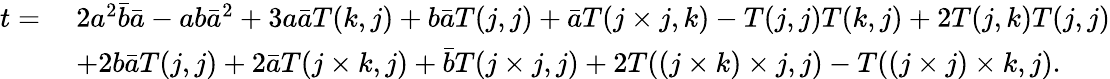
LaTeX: \begin{array}{rl}{t=}&{\; 2a^{2}\bar{b}\bar{a}-ab\bar{a}^{2}+3a\bar{a}T(k,j)+b\bar{a}T(j,j)+\bar{a}T(j\times j,k)-T(j,j)T(k,j)+2T(j,k)T(j,j)}\\ &{\; +2b\bar{a}T(j,j)+2\bar{a}T(j\times k,j)+\bar{b}T(j\times j,j)+2T((j\times k)\times j,j)-T((j\times j)\times k,j).}\end{array}